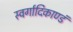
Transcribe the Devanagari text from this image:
स्वर्गादिकाण्डं